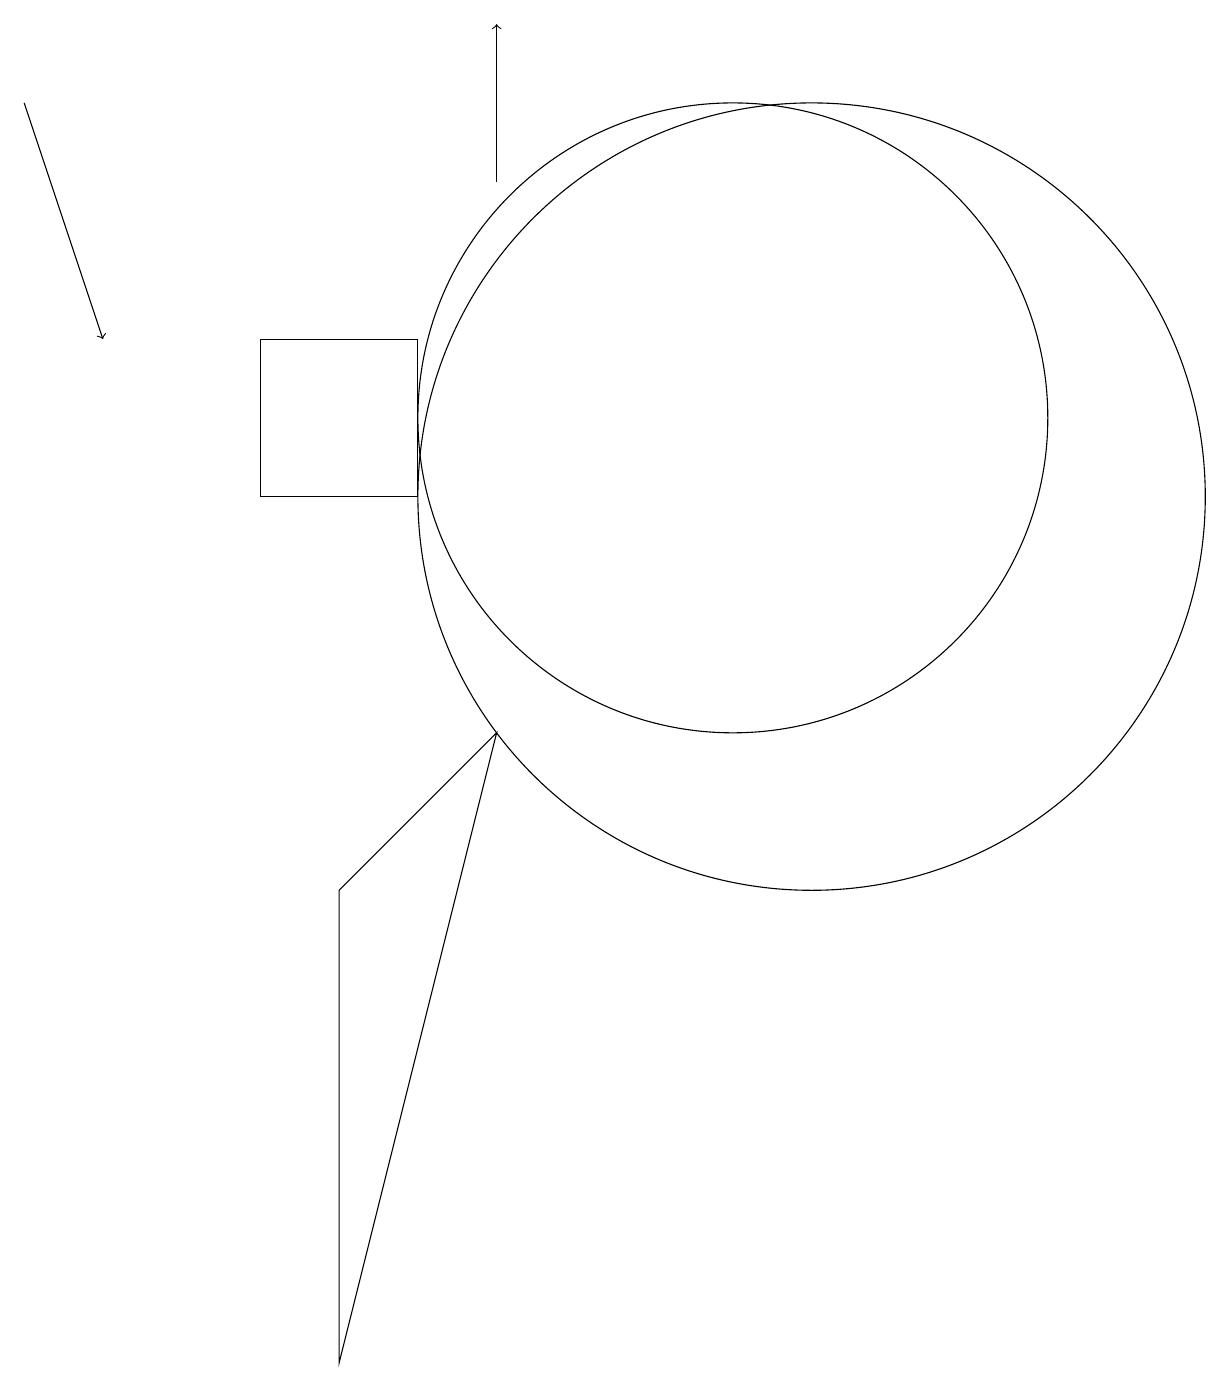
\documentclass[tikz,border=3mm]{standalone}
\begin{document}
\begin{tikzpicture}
\draw (11,12) circle (4);
\draw (5,13) rectangle (7,11);
\draw (6,6) -- (6,0) -- (8,8) -- cycle;
\draw[->] (8,15) -- (8,17);
\draw[->] (2,16) -- (3,13);
\draw (12,11) circle (5);
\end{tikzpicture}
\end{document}